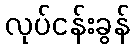
လုပ်ငန်းခွန်